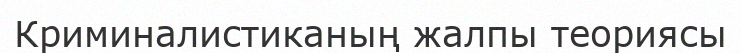
Криминалистиканың жалпы теориясы